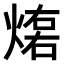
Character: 𤌕